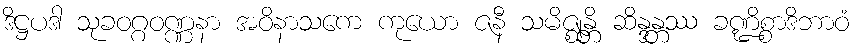
ဒိဋ္ဌပဒါ သုခဝဂ္ဂဝဏ္ဏနာ အဝိနာသကေ ကုယော ဇနီ သမိဇ္ဈန္တိ ဆိန္ဒန္တဿ ခဏ္ဍိစ္စာဒိဘာဝံ